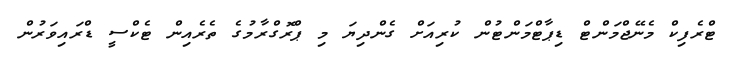
ޓްރެފިކް މެނޭޖްމަންޓް ޑިޕާޓްމަންޓުން ކުރިއަށް ގެންދިޔަ މި ޕްރޮގްރާމުގެ ތެރެއިން ޓެކްސީ ޑްރައިވަރުން